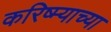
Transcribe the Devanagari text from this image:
करिष्म्याच्या